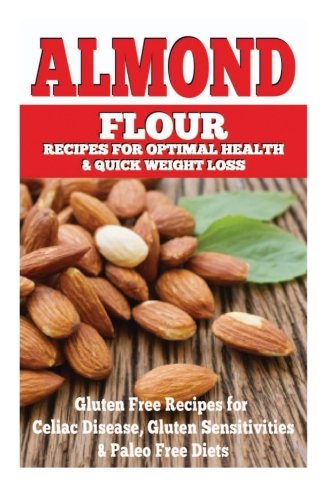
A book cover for Almond Flour Recipes for Optimal Health and Quick Weight Loss: Gluten Free Recipes for Celiac Disease, Gluten Sensitivities, and Paleo Diets; Emma Rose; Health, Fitness & Dieting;